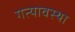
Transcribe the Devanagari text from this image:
गत्यावस्था